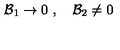
{ \cal B } _ { 1 } \rightarrow 0 \ , \quad { \cal B } _ { 2 } \neq 0